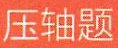
压轴题